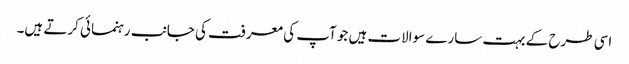
اسی طرح کے بہت سارے سوالات ہیں جو آپ کی معرفت کی جانب رہنمائی کرتے ہیں۔